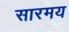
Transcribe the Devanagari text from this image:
सारमय